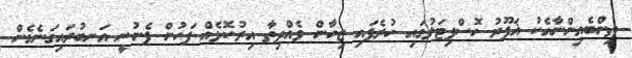
ތިންބެއިންނާއެކު ޣަފޫރު ހޮސްޕިޓަލުގައި ހުރެފައި ޒިހާން ވެއްދިތާ އިރުކޮޅެއް ފަހުން ފެނުނީ އަނބުރައިގަނެގެން